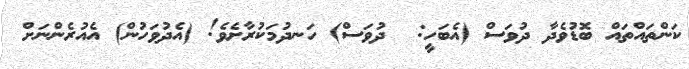
ކަންތައްތައް ބޮޑުވެދާ ދުވަސް (އެބަހީ:  ދުވަސް) ހަނދުމަކުރާށެވެ! (އެދުވަހުން) އެއުރެންނަށް